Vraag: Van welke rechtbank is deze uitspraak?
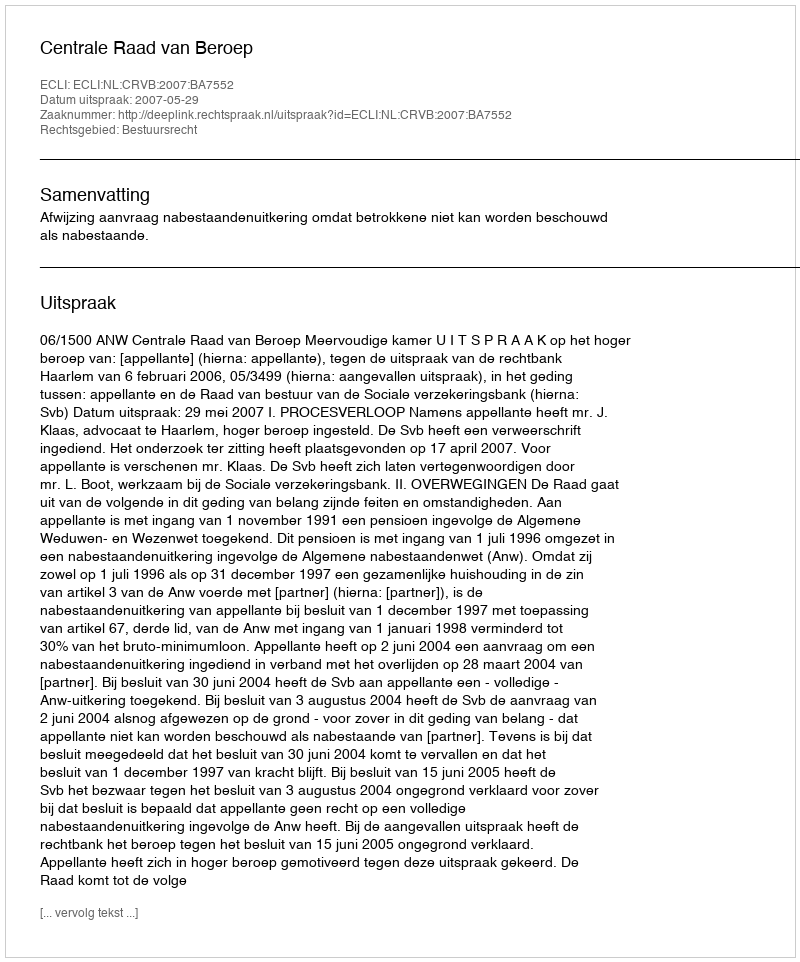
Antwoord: Centrale Raad van Beroep